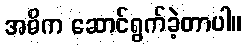
အဓိက ဆောင်ရွက်ခဲ့တာပါ။